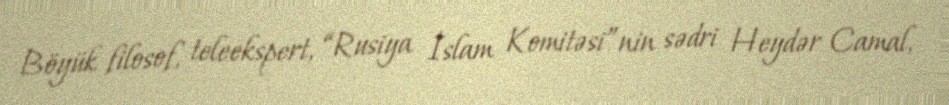
Böyük filosof, teleekspert, “Rusiya İslam Komitəsi”nin sədri Heydər Camal,